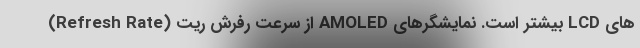
های LCD بیشتر است. نمایشگرهای AMOLED از سرعت رفرش ریت (Refresh Rate)